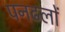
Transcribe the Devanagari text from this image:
पनढलों